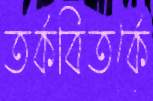
তর্কবিতর্কে